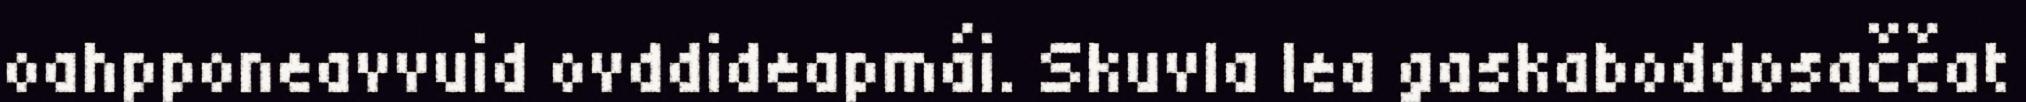
oahpponeavvuid ovddideapmái. Skuvla lea gaskaboddosaččat